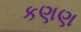
કણણ